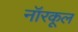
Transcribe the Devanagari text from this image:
नॉरकूल